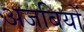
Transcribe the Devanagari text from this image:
अजबियों